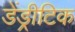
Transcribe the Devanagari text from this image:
डेंड्रीटिक